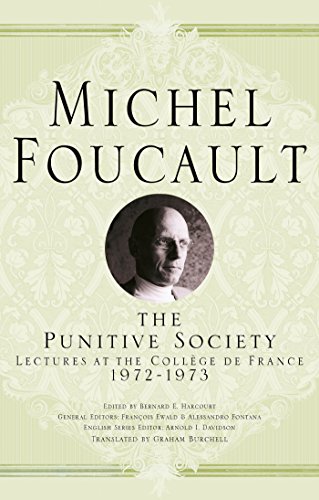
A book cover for On the Punitive Society: Lectures at the CollÃ¨ge de France, 1972-1973 (Michel Foucault: Lectures at the CollÃ¨ge de France); Michel Foucault; Politics & Social Sciences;